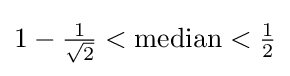
1-{\tfrac {1}{\sqrt {2}}}<{\text{median}}<{\tfrac {1}{2}}